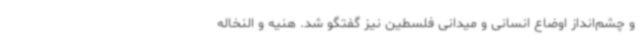
و چشم‌انداز اوضاع انسانی و میدانی فلسطین نیز گفتگو شد. هنیه و النخاله